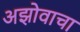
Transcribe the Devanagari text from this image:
अझोवाचा